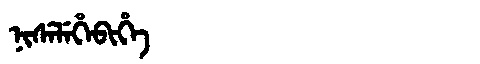
Manchu: ᠨᡳᠰᡝᠯᡝᡥᡝᠪᡳᡥᡝ
Romanization: NISELEHEBIHE